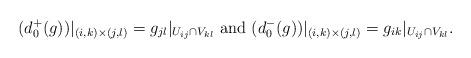
LaTeX: \begin{align*}(d^+_0(g))|_{(i,k)\times (j,l)}=g_{jl}|_{U_{ij}\cap V_{kl}} \textrm{ and } (d^-_0(g))|_{(i,k)\times (j,l)}=g_{ik}|_{U_{ij}\cap V_{kl}}. \end{align*}